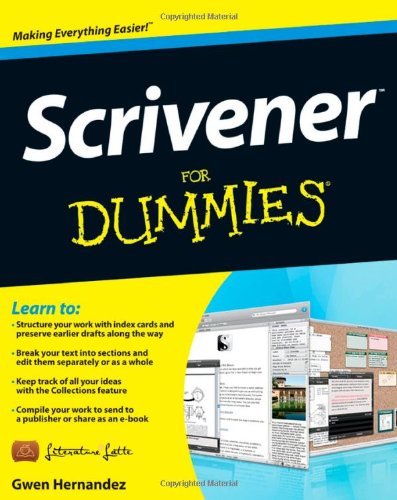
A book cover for Scrivener For Dummies; Gwen Hernandez; Computers & Technology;